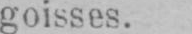
goisses.